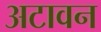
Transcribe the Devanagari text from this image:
अटावन